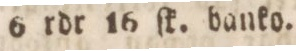
6 rdr 16 ſk. banko.